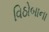
વિઠોબાના